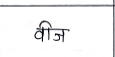
मजकूर: वीज